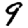
Digit: 9